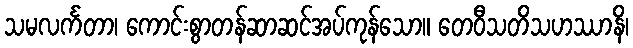
သမလင်္ကတာ၊ ကောင်းစွာတန်ဆာဆင်အပ်ကုန်သော။ တေဝီသတိသဟဿာနိ၊